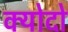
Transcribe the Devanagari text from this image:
क्योदो